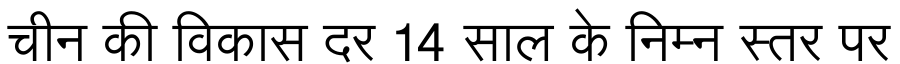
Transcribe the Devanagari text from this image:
चीन की विकास दर 14 साल के निम्न स्तर पर